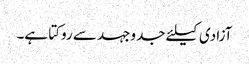
آزادی کیلئے جدوجہد سے روکتا ہے۔